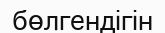
бөлгендігін